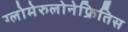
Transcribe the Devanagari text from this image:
ग्लोमेरुलोनेफ्रितिस